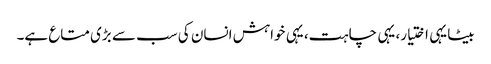
بیٹا یہی اختیار، یہی چاہت، یہی خواہش انسان کی سب سے بڑی متاع ہے۔